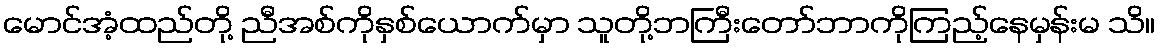
မောင်အံ့ထည်တို့ ညီအစ်ကိုနှစ်ယောက်မှာ သူတို့ဘကြီးတော်ဘာကိုကြည့်နေမှန်းမ သိ။